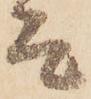
而